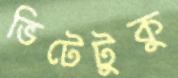
ভিটেটুকু